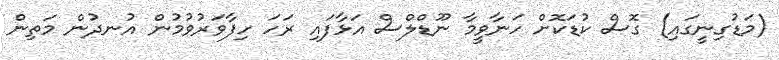
(މަޑުގިނީގައި) ގޮސް ކުޑަކޮށް ހަނާވީމާ ނޫޑްލްސް އަޅާފައި ރަހަ ހިފާވަރުވުމުން އުނދުން މަތިން